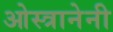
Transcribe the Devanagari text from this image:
ओस्त्रानेनी